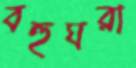
বহুঘরা